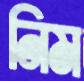
নিম